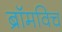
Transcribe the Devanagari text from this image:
ब्रॉमविच